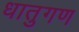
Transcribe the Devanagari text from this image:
धातुगण